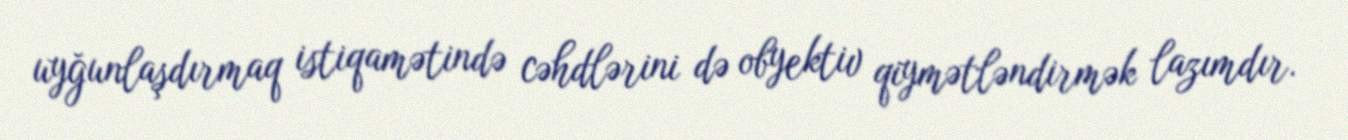
uyğunlaşdırmaq istiqamətində cəhdlərini də obyektiv qiymətləndirmək lazımdır.